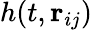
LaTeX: h(t,\mathbf{r}_{ij})